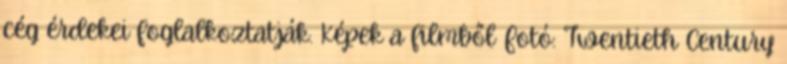
cég érdekei foglalkoztatják. Képek a filmből Fotó: Twentieth Century